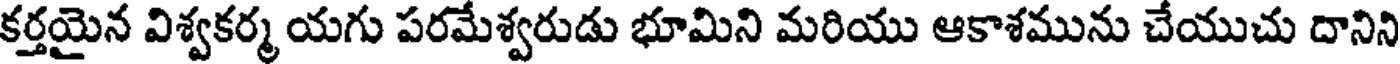
కర్తయైన విశ్వకర్మ యగు పరమేశ్వరుడు భూమిని మరియు ఆకాశమును చేయుచు దానిని